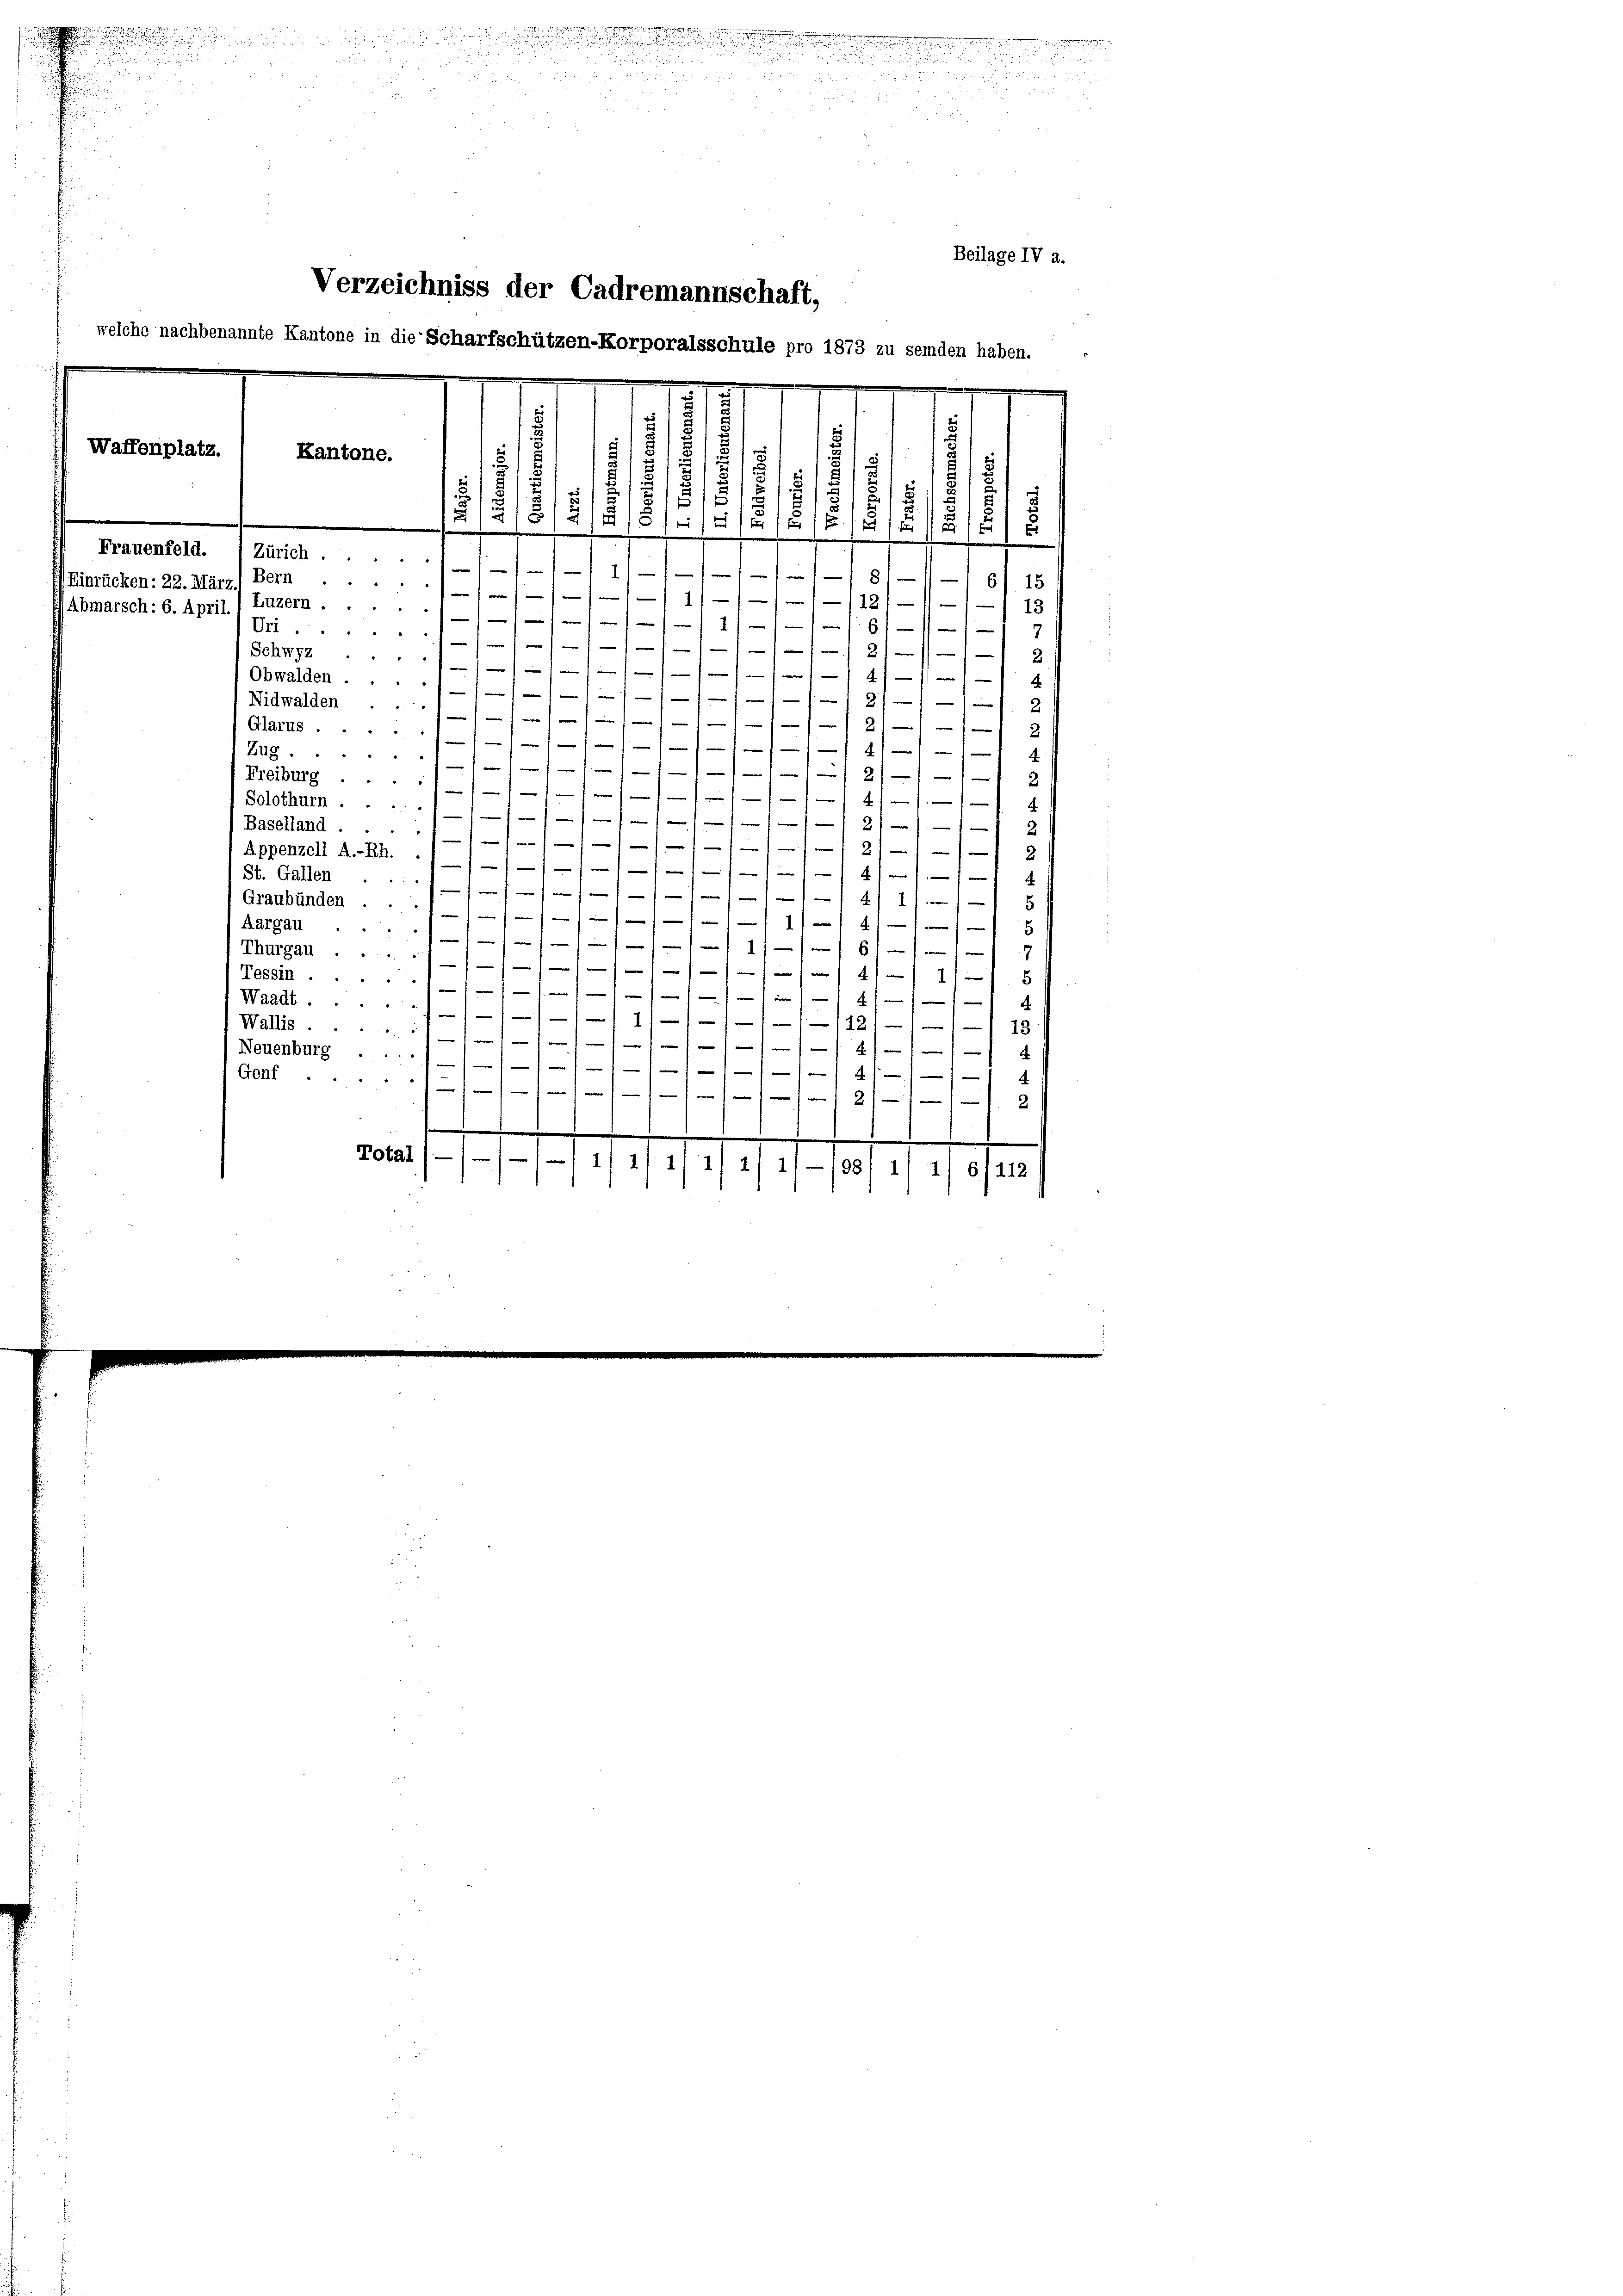
s

Beilage IV a.
Verzeichniss der Cadremannschaft,
welche nachbenannte Kantone in die Scharfschützen-Korporalsschule pro 1873 zu seiden haben.
.
u
u
.
/
.
Waffenplatz.
Kantone.
u
1
.
5
18
i

1
2
1
e
.
e
.
i
Frauenfeld. 1 Zürich.
1
-

Bern
1
Einrücken: 22. März.
//////1////112/11/1
13
Abmarsch: 6. April.
Luzern ////////1/11/6///
Um///11/11/1
21—
1
Schwyz 10 x 10 111 4) an u
4
Obwalden. / 10000-
2)

21227

.

2
Glarus.....
41
Zug.
:
—
.
/2///
Freiburg
2
/11/11/1

Solothurn.////////// 2111
Baselland
2
2

21
1
Appenzell A.-Rh.
2
14/
St. Gallen
x
/ 4111. 1
Graubünden 10 x 1/
¬
4
Aargau
               111 611
Thurgau./////////// 4// 1/
5
Tessin ///////// 411/
Waadt.//////1//////12//// 13
Wallis 11/100/21000
Neuenburg ....
1/11//// 411
Genf 11//////// 2111 2
1
.
Total///// 1/ 1/4, 11 2/ 11—1081 11 1/6/112

Nidwalden ... 11/11///-1